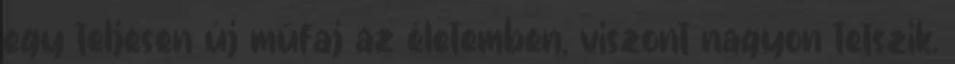
egy teljesen új műfaj az életemben, viszont nagyon tetszik.